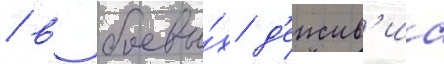
/ в боевы́х д'еиств'иа